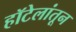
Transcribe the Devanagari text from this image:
हॉटेलांतून